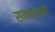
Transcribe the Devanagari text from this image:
सनस्थानो